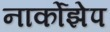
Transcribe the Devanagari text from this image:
नार्कोझेप